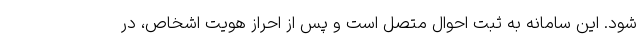
شود. این سامانه به ثبت احوال متصل است و پس از احراز هویت اشخاص، در